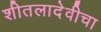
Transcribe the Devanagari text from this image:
शीतलादेवीचा